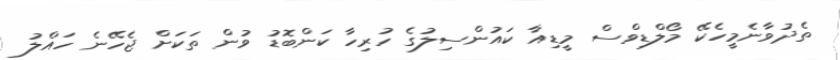
ތެދުވާނެމީހެކޭ މޯލްޑިވްސް މީޑިއާ ކައުންސިލުގެ ހުރިހާ ކަންބޮޑު ވުން ތަކަށް ޖެހޭނެ ހައްލު